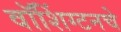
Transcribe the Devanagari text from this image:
वॉशिंग्टनचे